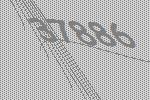
37886